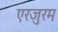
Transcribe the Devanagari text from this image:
एरजुरम